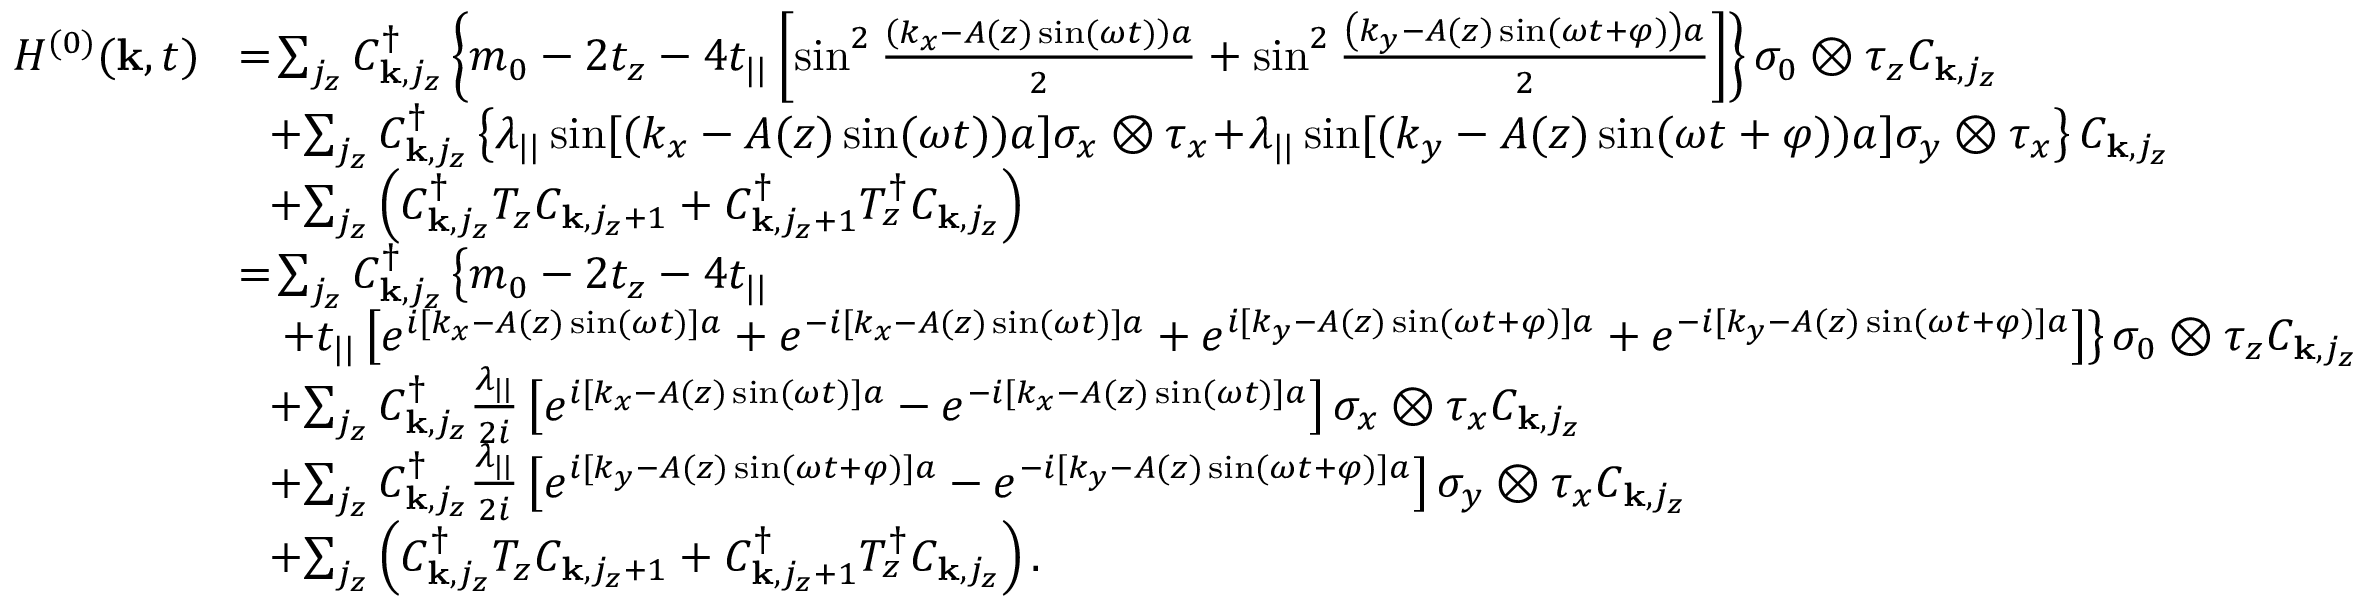
\begin{array} { r l } { H ^ { ( 0 ) } ( { \bf k } , t ) } & { \! = \! \sum _ { j _ { z } } C _ { { \bf k } , j _ { z } } ^ { \dagger } \left\{ m _ { 0 } - 2 t _ { z } - 4 t _ { | | } \left[ \sin ^ { 2 } \frac { \left( k _ { x } - A ( z ) \sin ( \omega t ) \right) a } { 2 } + \sin ^ { 2 } \frac { \left( k _ { y } - A ( z ) \sin ( \omega t + \varphi ) \right) a } { 2 } \right] \right\} \sigma _ { 0 } \otimes \tau _ { z } C _ { { \bf k } , j _ { z } } } \\ & { ~ ~ \! + \! \sum _ { j _ { z } } C _ { { \bf k } , j _ { z } } ^ { \dagger } \left\{ \lambda _ { | | } \sin [ ( k _ { x } - A ( z ) \sin ( \omega t ) ) a ] \sigma _ { x } \otimes \tau _ { x } \! + \! \lambda _ { | | } \sin [ ( k _ { y } - A ( z ) \sin ( \omega t + \varphi ) ) a ] \sigma _ { y } \otimes \tau _ { x } \right\} C _ { { \bf k } , j _ { z } } } \\ & { ~ ~ \! + \! \sum _ { j _ { z } } \left( C _ { { \bf k } , j _ { z } } ^ { \dagger } T _ { z } C _ { { \bf k } , j _ { z } + 1 } + C _ { { \bf k } , j _ { z } + 1 } ^ { \dagger } T _ { z } ^ { \dagger } C _ { { \bf k } , j _ { z } } \right) } \\ & { \! = \! \sum _ { j _ { z } } C _ { { \bf k } , j _ { z } } ^ { \dagger } \left\{ m _ { 0 } - 2 t _ { z } - 4 t _ { | | } \right. } \\ & { \left. ~ ~ + t _ { | | } \left[ e ^ { i [ k _ { x } - A ( z ) \sin ( \omega t ) ] a } + e ^ { - i [ k _ { x } - A ( z ) \sin ( \omega t ) ] a } + e ^ { i [ k _ { y } - A ( z ) \sin ( \omega t + \varphi ) ] a } + e ^ { - i [ k _ { y } - A ( z ) \sin ( \omega t + \varphi ) ] a } \right] \right\} \sigma _ { 0 } \otimes \tau _ { z } C _ { { \bf k } , j _ { z } } } \\ & { ~ ~ \! + \! \sum _ { j _ { z } } C _ { { \bf k } , j _ { z } } ^ { \dagger } \frac { \lambda _ { | | } } { 2 i } \left[ e ^ { i [ k _ { x } - A ( z ) \sin ( \omega t ) ] a } - e ^ { - i [ k _ { x } - A ( z ) \sin ( \omega t ) ] a } \right] \sigma _ { x } \otimes \tau _ { x } C _ { { \bf k } , j _ { z } } } \\ & { ~ ~ \! + \! \sum _ { j _ { z } } C _ { { \bf k } , j _ { z } } ^ { \dagger } \frac { \lambda _ { | | } } { 2 i } \left[ e ^ { i [ k _ { y } - A ( z ) \sin ( \omega t + \varphi ) ] a } - e ^ { - i [ k _ { y } - A ( z ) \sin ( \omega t + \varphi ) ] a } \right] \sigma _ { y } \otimes \tau _ { x } C _ { { \bf k } , j _ { z } } } \\ & { ~ ~ \! + \! \sum _ { j _ { z } } \left( C _ { { \bf k } , j _ { z } } ^ { \dagger } T _ { z } C _ { { \bf k } , j _ { z } + 1 } + C _ { { \bf k } , j _ { z } + 1 } ^ { \dagger } T _ { z } ^ { \dagger } C _ { { \bf k } , j _ { z } } \right) . } \end{array}